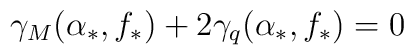
\gamma_{M}(\alpha_{*}, f_{*}) + 2 \gamma_{q}(\alpha_{*}, f_{*}) = 0